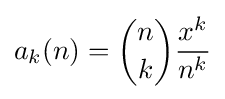
a_{k}(n)={n \choose k}{\frac {x^{k}}{n^{k}}}